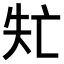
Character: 𠅐